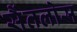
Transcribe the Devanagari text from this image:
सैंतलोस